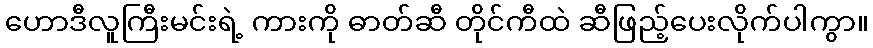
ဟောဒီလူကြီးမင်းရဲ့ ကားကို ဓာတ်ဆီ တိုင်ကီထဲ ဆီဖြည့်ပေးလိုက်ပါကွာ။